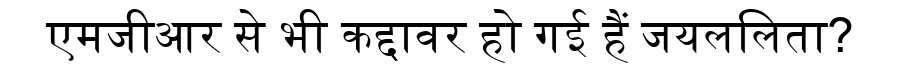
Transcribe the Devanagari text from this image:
एमजीआर से भी कद्दावर हो गई हैं जयललिता?